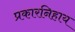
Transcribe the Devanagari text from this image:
प्रकारनिहाय